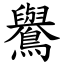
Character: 鸒